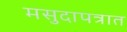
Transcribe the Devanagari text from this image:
मसुदापत्रात